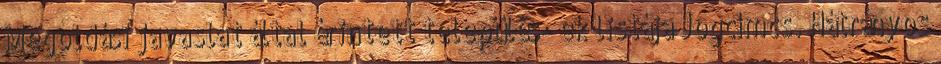
Megoldási javaslat által érintett település- ek listája Jogcímcs. Hátrányos